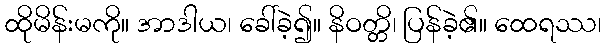
ထိုမိန်းမကို။ အာဒါယ၊ ခေါ်ခဲ့၍။ နိဝတ္တိ၊ ပြန်ခဲ့၏။ ထေရဿ၊